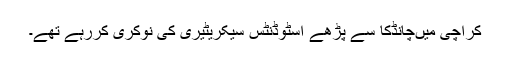
کراچی میں‌چانڈکا سے پڑھے اسٹوڈنٹس سیکریٹیری کی نوکری کررہے تھے۔